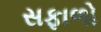
સફાળો